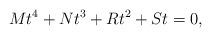
LaTeX: \begin{align*}Mt^4+Nt^3+Rt^2+St=0,\end{align*}